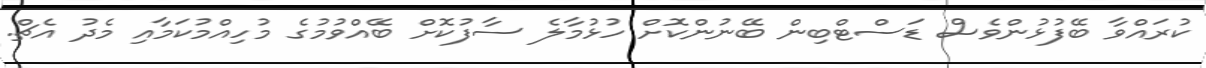
ކުރައްވާ ބޭފުޅުންވެސް ޑަސްޓްބިން ބޭނުންކޮށް ހުޅުމާލެ ސާފުކޮށް ބޭއްވުމުގެ މުހިއްމުކަމާއި މެދު އެޗް.